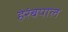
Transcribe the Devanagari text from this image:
हेरंबपाल